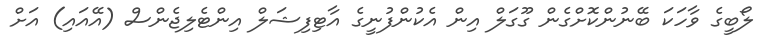
ލޯބީގެ ވާހަކަ ބޭނުންކޮށްގެން ގޫގަލް އިން އެކުންފުނީގެ އާޓިފިޝަލް އިންޓެލިޖެންސް (އޭއައި) އަށް